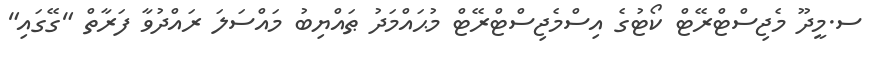
ސ.މީދޫ މެޖިސްޓްރޭޓް ކޯޓުގެ އިސްމެޖިސްޓްރޭޓް މުޙައްމަދު ޠައްޔިބު މައްސަލަ ރައްދުވާ ފަރާތް "ގޭގައި"